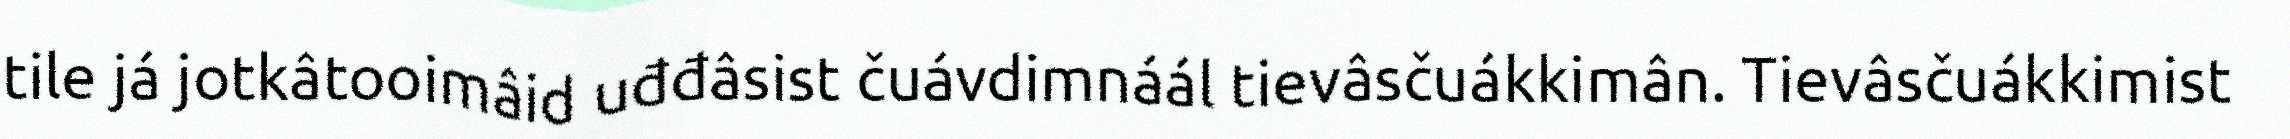
tile já jotkâtooimâid uđđâsist čuávdimnáál tievâsčuákkimân. Tievâsčuákkimist